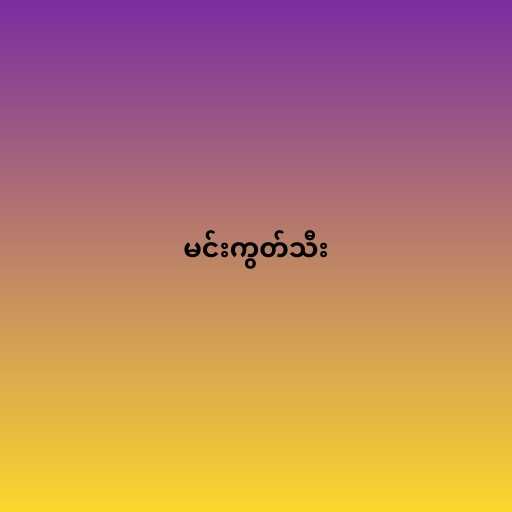
မင်းကွတ်သီး